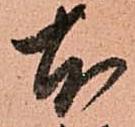
本